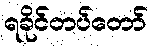
ရခိုင်တပ်တော်